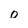
Character: o